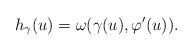
LaTeX: \begin{align*} h_{\gamma}(u) = \omega(\gamma(u),\varphi'(u)). \end{align*}